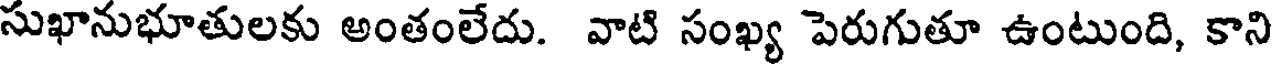
సుఖానుభూతులకు అంతంలేదు. వాటి సంఖ్య పెరుగుతూ ఉంటుంది, కాని